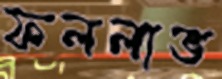
ফললাভ